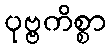
ပုဗ္ဗကိစ္စာ